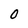
Character: 0